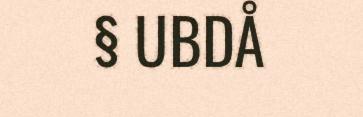
§ UBDÅ